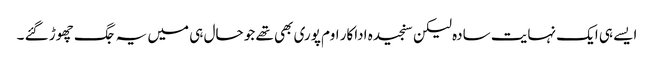
ایسے ہی ایک نہایت سادہ لیکن سنجیدہ اداکار اوم پوری بھی تھے جو حال ہی میں یہ جگ چھوڑ گئے ۔